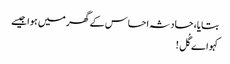
بتایا، حادثہ احساس کے گھر میں ہوا جیسے
کہو اے گُل !